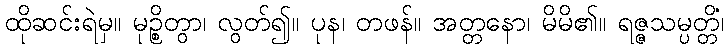
ထိုဆင်းရဲမှ။ မုဉ္စိတွာ၊ လွတ်၍။ ပုန၊ တဖန်။ အတ္တနော၊ မိမိ၏။ ရဇ္ဇသမ္ပတ္တိံ၊